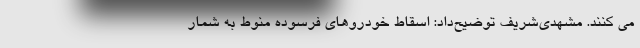
می کنند. مشهدی‌شریف توضیح‌داد: اسقاط خودروهای فرسوده منوط به شمار